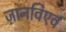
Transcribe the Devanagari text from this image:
ज़ानविएव